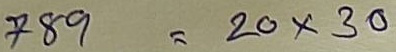
789 = 20 x 30